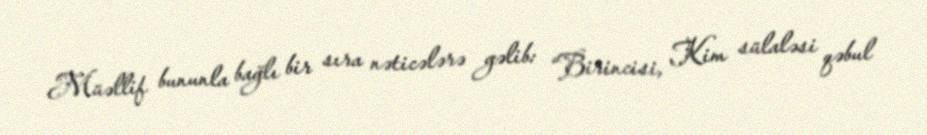
Müəllif bununla bağlı bir sıra nəticələrə gəlib: “Birincisi, Kim sülaləsi qəbul